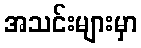
အသင်းများမှာ